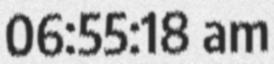
06:55:18 am